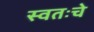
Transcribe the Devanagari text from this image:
स्वतःचे